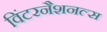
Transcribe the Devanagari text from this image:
विंटरनैशनल्स